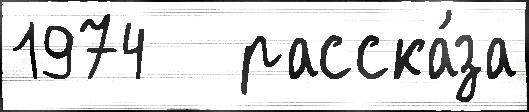
1974   расска́за